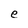
Character: e